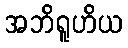
အဘိရူဟိယ